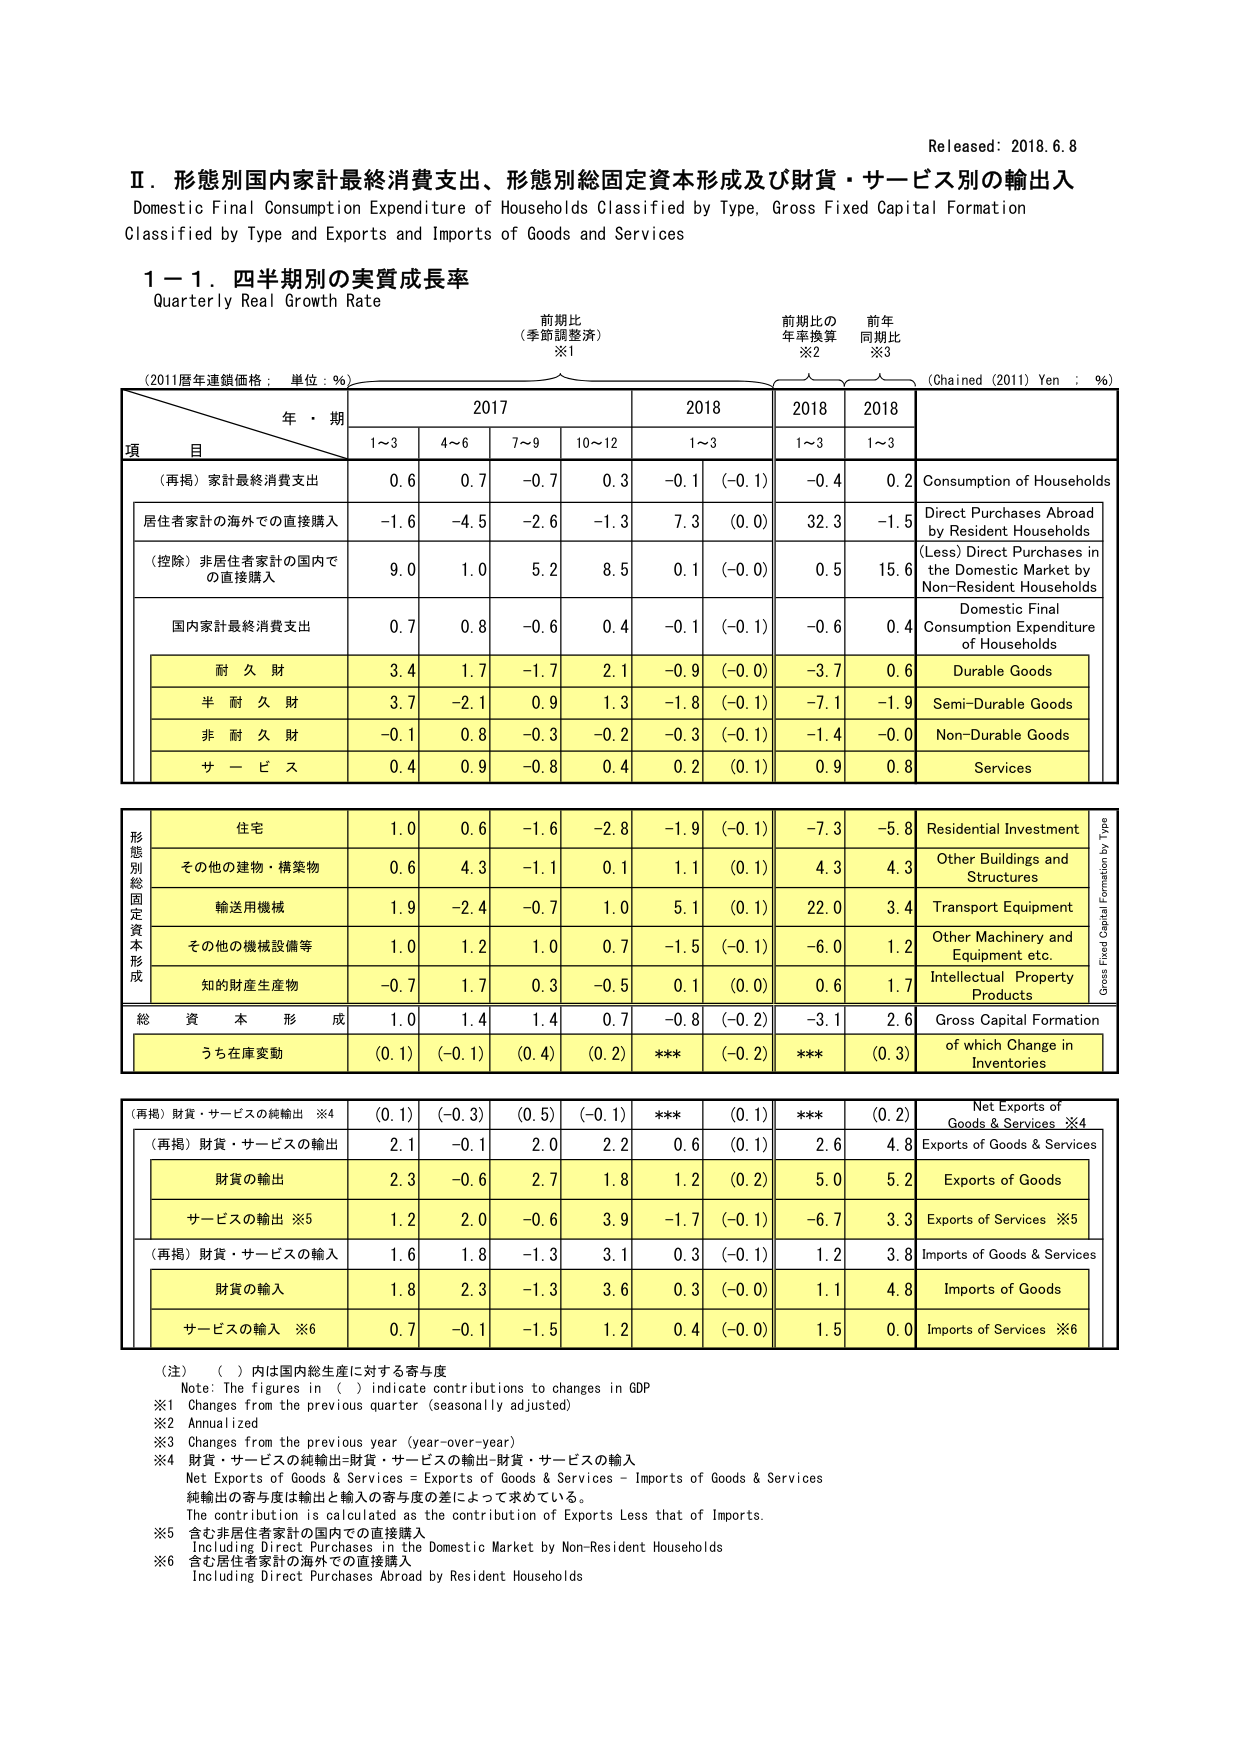
Released: 2018.6.8

Ⅱ．形態別国内家計最終消費支出、形態別総固定資本形成及び財貨・サービス別の輸出入
Domestic Final Consumption Expenditure of Households Classified by Type, Gross Fixed Capital Formation
Classified by Type and Exports and Imports of Goods and Services

1－1．四半期別の実質成長率
Quarterly Real Growth Rate

(2011暦年連鎖価格：単位：％)
年・期
項　目
前期比
(季節調整済)
※1
前期比の
年率換算
※2
前年
同期比
※3
(Chained (2011) Yen : %)

2017
2018
2018
2018

1～3
4～6
7～9
10～12
1～3
1～3
1～3

(再掲) 家計最終消費支出
0.6
0.7
-0.7
0.3
-0.1
(-0.1)
-0.4
0.2
Consumption of Households

居住者家計の海外での直接購入
-1.6
-4.5
-2.6
-1.3
7.3
(0.0)
32.3
-1.5
Direct Purchases Abroad by Resident Households

(控除) 非居住者家計の国内での直接購入
9.0
1.0
5.2
8.5
0.1
(-0.0)
0.5
15.6
(Less) Direct Purchases in the Domestic Market by Non-Resident Households

国内家計最終消費支出
0.7
0.8
-0.6
0.4
-0.1
(-0.1)
-0.6
0.4
Domestic Final Consumption Expenditure of Households

耐　久　財
3.4
1.7
-1.7
2.1
-0.9
(-0.0)
-3.7
0.6
Durable Goods

半　耐　久　財
3.7
-2.1
0.9
1.3
-1.8
(-0.1)
-7.1
-1.9
Semi-Durable Goods

非　耐　久　財
-0.1
0.8
-0.3
-0.2
-0.3
(-0.1)
-1.4
-0.0
Non-Durable Goods

サ　ー　ビ　ス
0.4
0.9
-0.8
0.4
0.2
(0.1)
0.9
0.8
Services

形態別総固定資本形成
住宅
1.0
0.6
-1.6
-2.8
-1.9
(-0.1)
-7.3
-5.8
Residential Investment

その他の建物・構築物
0.6
4.3
-1.1
0.1
1.1
(0.1)
4.3
4.3
Other Buildings and Structures

輸送用機械
1.9
-2.4
-0.7
1.0
5.1
(0.1)
22.0
3.4
Transport Equipment

その他の機械設備等
1.0
1.2
1.0
0.7
-1.5
(-0.1)
-6.0
1.2
Other Machinery and Equipment etc.

知的財産生産物
-0.7
1.7
0.3
-0.5
0.1
(0.0)
0.6
1.7
Intellectual Property Products

総　資　本　形　成
1.0
1.4
1.4
0.7
-0.8
(-0.2)
-3.1
2.6
Gross Capital Formation

うち在庫変動
(0.1)
(-0.1)
(0.4)
(0.2)
***
(-0.2)
***
(0.3)
of which Change in Inventories

(再掲) 財貨・サービスの純輸出 ※4
(0.1)
(-0.3)
(0.5)
(-0.1)
***
(0.1)
***
(0.2)
Net Exports of Goods & Services ※4

(再掲) 財貨・サービスの輸出
2.1
-0.1
2.0
2.2
0.6
(0.1)
2.6
4.8
Exports of Goods & Services

財貨の輸出
2.3
-0.6
2.7
1.8
1.2
(0.2)
5.0
5.2
Exports of Goods

サービスの輸出 ※5
1.2
2.0
-0.6
3.9
-1.7
(-0.1)
-6.7
3.3
Exports of Services ※5

(再掲) 財貨・サービスの輸入
1.6
1.8
-1.3
3.1
0.3
(-0.1)
1.2
3.8
Imports of Goods & Services

財貨の輸入
1.8
2.3
-1.3
3.6
0.3
(-0.0)
1.1
4.8
Imports of Goods

サービスの輸入 ※6
0.7
-0.1
-1.5
1.2
0.4
(-0.0)
1.5
0.0
Imports of Services ※6

(注)　（　）内は国内総生産に対する寄与度
Note: The figures in ( ) indicate contributions to changes in GDP
※1 Changes from the previous quarter (seasonally adjusted)
※2 Annualized
※3 Changes from the previous year (year-over-year)
※4 財貨・サービスの純輸出=財貨・サービスの輸出-財貨・サービスの輸入
Net Exports of Goods & Services = Exports of Goods & Services - Imports of Goods & Services
純輸出の寄与度は輸出と輸入の寄与度の差によって求めている。
The contribution is calculated as the contribution of Exports less that of Imports.
※5 含む非居住者家計の国内での直接購入
Including Direct Purchases in the Domestic Market by Non-Resident Households
※6 含む居住者家計の海外での直接購入
Including Direct Purchases Abroad by Resident Households